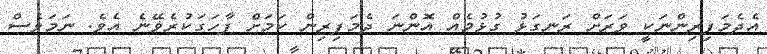
އެދެމަފިރިންނަކީ ވަރަށް ރަނގަޅު ގުޅުމެއް އޮންނަ ދެމަފިރިން ކަމަށް ފާހަގަކުރެވޭނެ އެވެ. ނަމަވެސް